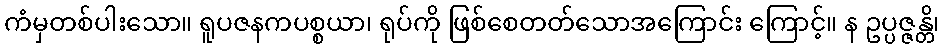
ကံမှတစ်ပါးသော။ ရူပဇနကပစ္စယာ၊ ရုပ်ကို ဖြစ်စေတတ်သောအကြောင်း ကြောင့်။ န ဥပ္ပဇ္ဇန္တိ၊